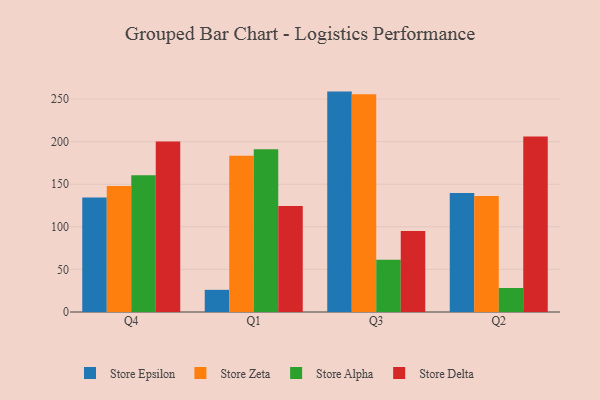
{"axis": {"x": "Quarter", "y": "Demand Index"}, "legend": ["Store Alpha", "Store Delta", "Store Epsilon", "Store Zeta"], "data": [{"x": "Q4", "y": 134.3, "type": "Store Epsilon"}, {"x": "Q4", "y": 148.0, "type": "Store Zeta"}, {"x": "Q4", "y": 160.5, "type": "Store Alpha"}, {"x": "Q4", "y": 200.0, "type": "Store Delta"}, {"x": "Q1", "y": 26.0, "type": "Store Epsilon"}, {"x": "Q1", "y": 183.3, "type": "Store Zeta"}, {"x": "Q1", "y": 191.0, "type": "Store Alpha"}, {"x": "Q1", "y": 124.4, "type": "Store Delta"}, {"x": "Q3", "y": 258.7, "type": "Store Epsilon"}, {"x": "Q3", "y": 255.6, "type": "Store Zeta"}, {"x": "Q3", "y": 61.4, "type": "Store Alpha"}, {"x": "Q3", "y": 95.0, "type": "Store Delta"}, {"x": "Q2", "y": 139.8, "type": "Store Epsilon"}, {"x": "Q2", "y": 136.2, "type": "Store Zeta"}, {"x": "Q2", "y": 28.2, "type": "Store Alpha"}, {"x": "Q2", "y": 206.0, "type": "Store Delta"}]}